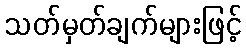
သတ်မှတ်ချက်များဖြင့်